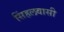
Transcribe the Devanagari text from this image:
सिंहलवासी